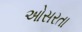
ઓસરતા